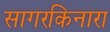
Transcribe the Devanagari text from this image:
सागरकिनारा